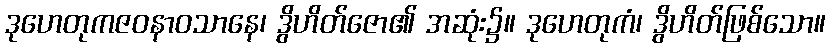
ဒုဟေတုကဇဝနာဝသာနေ၊ ဒွိဟိတ်ဇော၏ အဆုံး၌။ ဒုဟေတုကံ၊ ဒွိဟိတ်ဖြစ်သော။